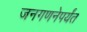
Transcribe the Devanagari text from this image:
जनगणनेपर्यंत